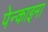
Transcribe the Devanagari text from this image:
पेन्काइमा